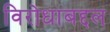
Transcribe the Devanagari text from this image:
विरोधाबद्दल